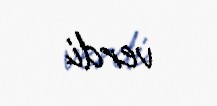
verdi.